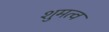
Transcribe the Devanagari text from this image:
शुमत्व